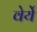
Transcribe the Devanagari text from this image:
वेर्ये